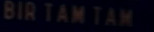
BIR TAM TAM